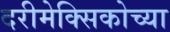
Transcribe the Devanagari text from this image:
दरीमेक्सिकोच्या